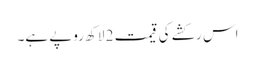
اس رکشے کی قیمت 2 لاکھ روپے ہے۔